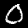
Digit: 0